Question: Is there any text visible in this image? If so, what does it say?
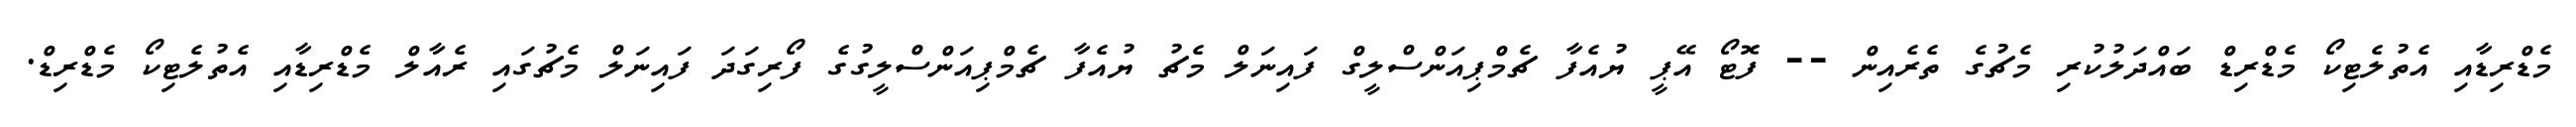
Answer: މެޑްރިޑާއި އެތުލެޓިކޯ މެޑްރިޑް ބައްދަލުކުރި މެޗުގެ ތެރެއިން -- ފޮޓޯ އޭޕީ ޔުއެފާ ޗެމްޕިއަންސްލީގް ފައިނަލް މެޗު ޔުއެފާ ޗެމްޕިއަންސްލީގުގެ ފޯރިގަދަ ފައިނަލް މެޗުގައި ރެއާލް މެޑްރިޑާއި އެތުލެޓިކޯ މެޑްރިޑް.